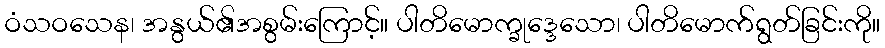
ဝံသဝသေန၊ အနွယ်၏အစွမ်းကြောင့်။ ပါတိမောက္ခုဒ္ဒေသော၊ ပါတိမောက်ရွတ်ခြင်းကို။